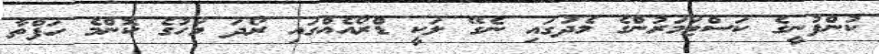
ކުންފުނީގެ ކަސްޓަމަރުންގެ މެދުގައި ނެގޭ ލަކީ ޑްރޯއެއްގައި ރޯދަ މަހުގެ ކޮންމެ ހަފްތާ